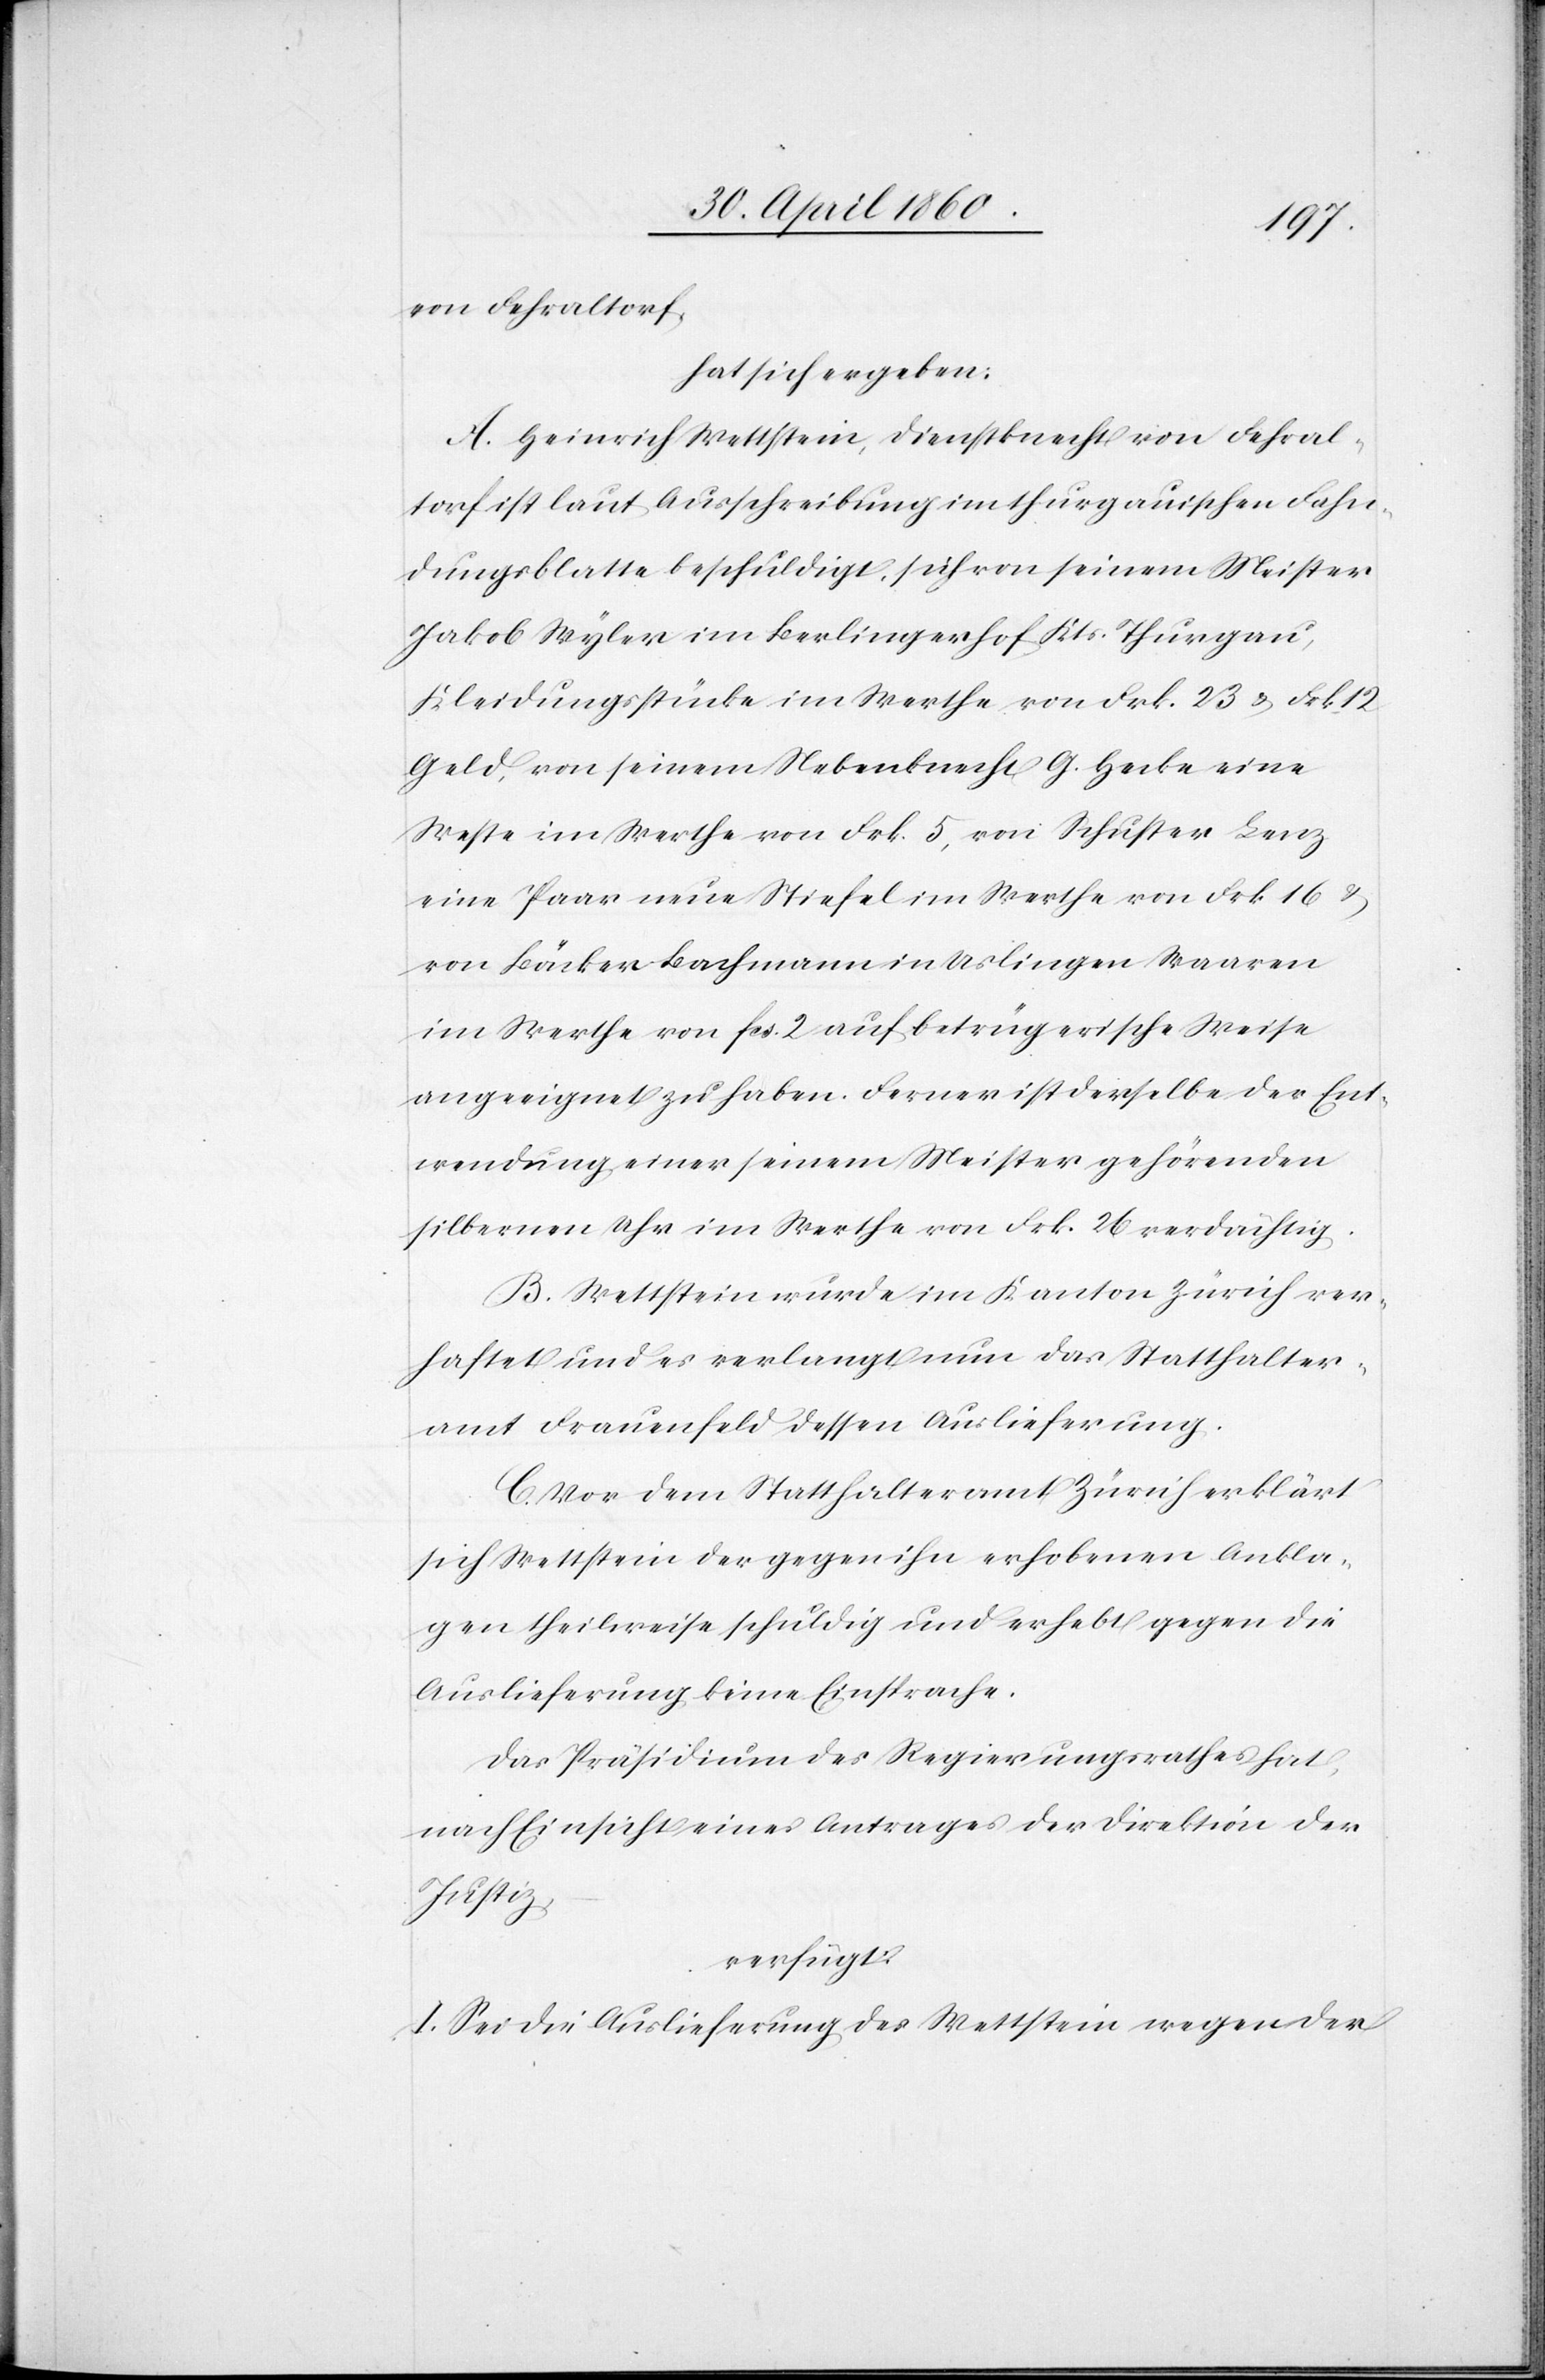
von Fehraltdorf,
hat sich ergeben:
A. Heinrich Wettstein, Dienstknecht von Fehral¬
torf ist laut Ausschreibung im thurgauischen Fahn¬
dungsblatte beschuldigt, sich von seinem Meister
Jakob Wyler im Berlingerhof Kts. Thurgau,
Kleidungsstücke im Werthe von Frk. 23 u. Frk.
Geld, von seinem Nebenknecht G. Henke eine
Weste im Werthe von Frk. 5, vom Schuster Benz
eine [sic!] Paar neue Stiefel im Werthe von Frk. 16 u.
von Bäcker Bachmann in Uslingen Waaren
im Werthe von fcs. 2 auf betrügerische Weise
angeeignet zu haben. Ferner ist derselbe der Ent¬
wendung einer seinem Meister gehörenden
silbernen Uhr im Werthe von Frk. 26 verdächtig.
B. Wettstein wurde im Kanton Zürich ver¬
haftet und es verlangt nun das Statthalter¬
amt Frauenfeld dessen Auslieferung.
C. Vor dem Statthalteramt Zürich erklärt
sich Wettstein der gegen ihn erhobenen Ankla¬
gen theilweise schuldig und erhebt gegen die
Auslieferung keine Einsprache.
Das Präsidium des Regierungsrathes hat
nach Einsicht eines Antrages der Direktion der
Justiz,
verfügt:
I. Sei die Auslieferung des Wettstein wegen der